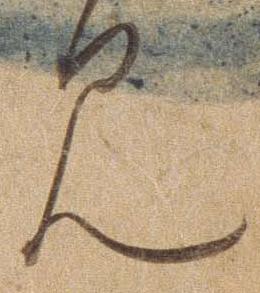
み